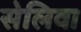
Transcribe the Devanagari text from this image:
सेलिवा